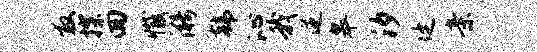
救探回撼漪韩沁我逆皋汐廷亲